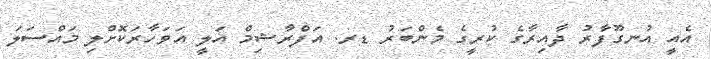
އެއީ އުނގޫފާރު ދާއިރާގެ ކުރީގެ މެންބަރު ޑރ. އަފްރާޝިމް އަލީ އަވަހާރަކޮށްލި މައްސަލަ